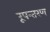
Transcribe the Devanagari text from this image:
रूपन्तरण